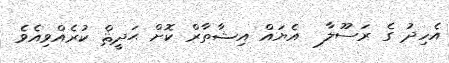
އެހިދު ގެ ރަސޫލާ  އެޔައް އިޝާތާރް ކޮށް ޙަދީޘް ކުރެއްވިއެވެ